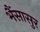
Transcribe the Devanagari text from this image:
भैंसासुर